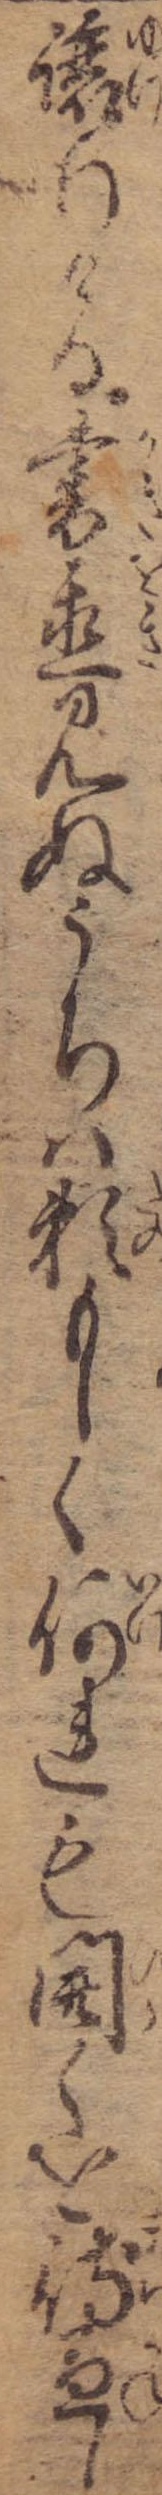
譲りける書置見ぬうちは頼もしく何れも開くを待兼し